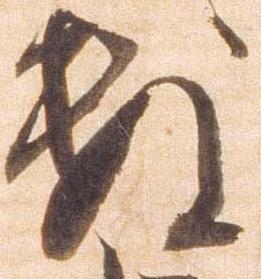
数